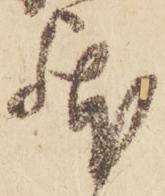
躰